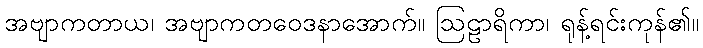
အဗျာကတာယ၊ အဗျာကတဝေဒနာအောက်။ ဩဠာရိကာ၊ ရုန့်ရင်းကုန်၏။